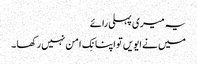
یہ میری پہلی رائے
میں نے ایویں تو اپنا نِک امن نہیں رکھا ۔